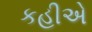
કહીએ